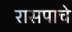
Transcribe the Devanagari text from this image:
रासपाचे